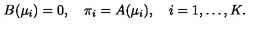
B ( \mu _ { i } ) = 0 , \quad \pi _ { i } = A ( \mu _ { i } ) , \quad i = 1 , \ldots , K .